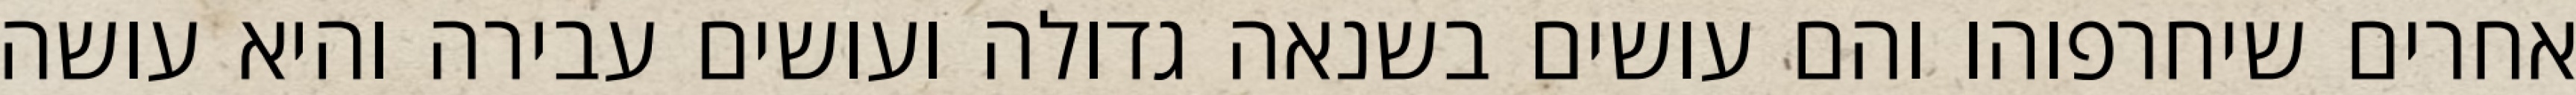
אחרים שיחרפוהו והם עושים בשנאה גדולה ועושים עבירה והיא עושה